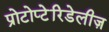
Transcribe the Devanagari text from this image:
प्रोटोप्टेरिडेलीज़